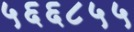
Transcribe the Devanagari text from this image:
५६६८५५